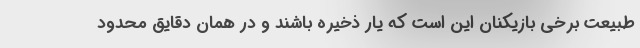
طبیعت برخی بازیکنان این است که یار ذخیره باشند و در همان دقایق محدود